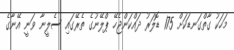
މަހަކު ގާތްގަނޑަކަށް 175 ޑޮލަރު ދައްކަންޖެހޭ ޕްލޭނުގެ ތެރޭގައި ސެލީނާ ވަނީ އޭނާގެ